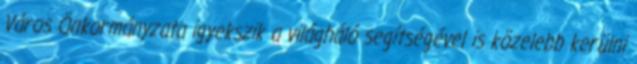
Város Önkormányzata igyekszik a világháló segítségével is közelebb kerülni